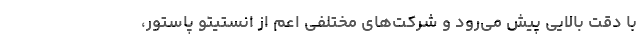
با دقت بالایی پیش می‌رود و شرکت‌های مختلفی اعم از انستیتو پاستور،